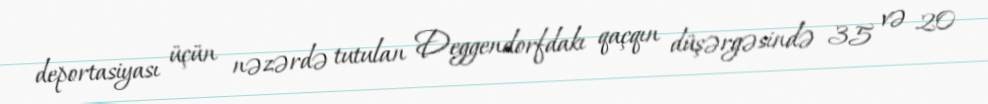
deportasiyası üçün nəzərdə tutulan Deggendorfdakı qaçqın düşərgəsində 35 və 20